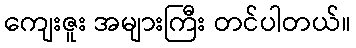
ကျေးဇူး အများကြီး တင်ပါတယ်။